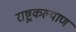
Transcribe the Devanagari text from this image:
राष्ट्रकल्याण